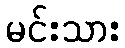
မင်းသား